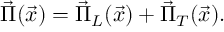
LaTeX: \vec { \Pi } ( \vec { x } ) = \vec { \Pi } _ { L } ( \vec { x } ) + \vec { \Pi } _ { T } ( \vec { x } ) .